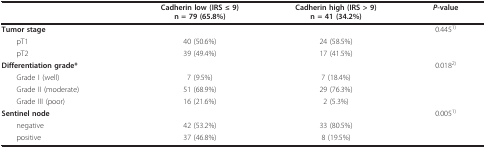
<table><thead><tr><td></td><td><b>Cadherin low (IRS ≤ 9)n = 79 (65.8%)</b></td><td><b>Cadherin high (IRS &gt; 9)n = 41 (34.2%)</b></td><td><b><i>P</i>-value</b></td></tr></thead><tbody><tr><td><b>Tumor stage</b></td><td></td><td></td><td>0.445<sup>1)</sup></td></tr><tr><td> pT1</td><td>40 (50.6%)</td><td>24 (58.5%)</td><td></td></tr><tr><td> pT2</td><td>39 (49.4%)</td><td>17 (41.5%)</td><td></td></tr><tr><td><b>Differentiation grade*</b></td><td></td><td></td><td>0.018<sup>2)</sup></td></tr><tr><td> Grade I (well)</td><td>7 (9.5%)</td><td>7 (18.4%)</td><td></td></tr><tr><td> Grade II (moderate)</td><td>51 (68.9%)</td><td>29 (76.3%)</td><td></td></tr><tr><td> Grade III (poor)</td><td>16 (21.6%)</td><td>2 (5.3%)</td><td></td></tr><tr><td><b>Sentinel node</b></td><td></td><td></td><td>0.005<sup>1)</sup></td></tr><tr><td> negative</td><td>42 (53.2%)</td><td>33 (80.5%)</td><td></td></tr><tr><td> positive</td><td>37 (46.8%)</td><td>8 (19.5%)</td><td></td></tr></tbody></table>